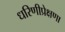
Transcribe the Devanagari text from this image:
धरिणीप्रेक्षणा